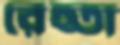
রেহ্তা